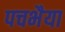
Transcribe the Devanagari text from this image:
पचभैया